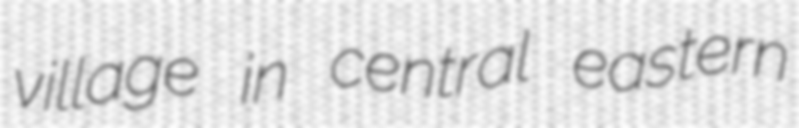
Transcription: village in central eastern